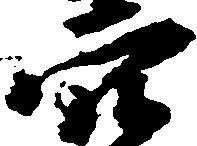
穴